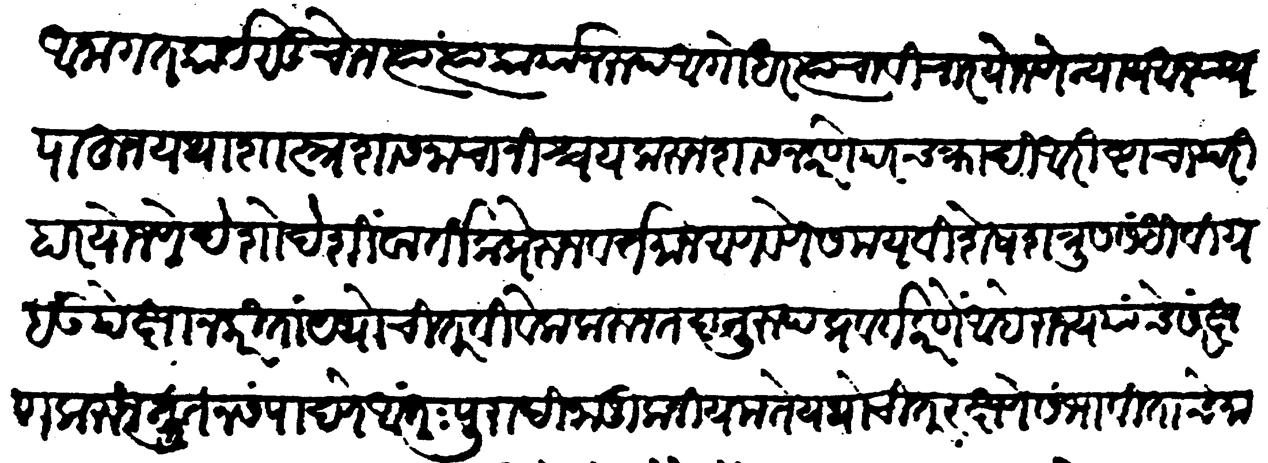
Transliteration (Devanagari): अनागत कार्य सुच्चोन त्या त्या कार्यानुरुप अगोधर त्याचा विचार योजणें न्याय अन्याय पाहून यथाशास्त्र शासनाचा निश्चय करून शासन करणें परचक्रादि आरिष्टाचा परिहार योजणें देशोदेशीं वार्तिक प्रेरून वर्तमान आणवणें समयविशेर्षे शत्रू संधि विग्रह उपेक्षा न करिता यथोचित विवेक करून तदनुरुप प्रवर्त करणें आहे राज्य याचें संरक्षण करून नूतन संपादणें अंतःपुरादी नाजूक नियम ते यथोचित रक्षणें संभावितांचे मान